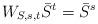
LaTeX: \begin{align*} W_{S,s,t}\bar{S}^{t}=\bar{S}^{s}\end{align*}